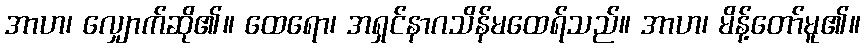
အာဟ၊ လျှောက်ဆို၏။ ထေရော၊ အရှင်နာဂသိန်မထေရ်သည်။ အာဟ၊ မိန့်တော်မူ၏။